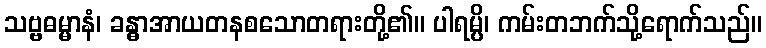
သဗ္ဗဓမ္မာနံ၊ ခန္ဓာအာယတနစသောတရားတို့၏။ ပါရမ္ပိ၊ ကမ်းတဘက်သို့ရောက်သည်။